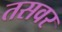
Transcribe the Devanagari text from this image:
तसवर